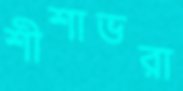
শীশাভরা